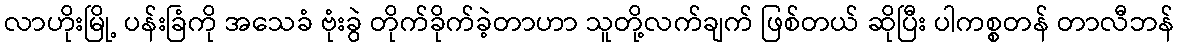
လာဟိုးမြို့ ပန်းခြံကို အသေခံ ဗုံးခွဲ တိုက်ခိုက်ခဲ့တာဟာ သူတို့လက်ချက် ဖြစ်တယ် ဆိုပြီး ပါကစ္စတန် တာလီဘန်